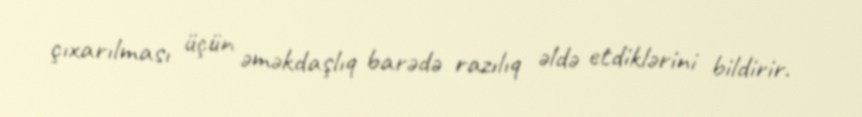
çıxarılması üçün əməkdaşlıq barədə razılıq əldə etdiklərini bildirir.